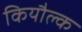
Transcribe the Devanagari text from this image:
कियौल्क